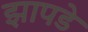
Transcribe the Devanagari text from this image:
झापडे